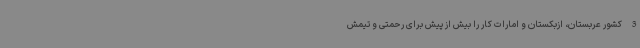
3 کشور عربستان، ازبکستان و امارات کار را بیش از پیش برای رحمتی و تیمش